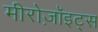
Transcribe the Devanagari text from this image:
मीरोज़ॉइट्स